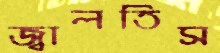
জ্বালতিস